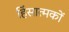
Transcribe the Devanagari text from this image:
हिंसात्मकों